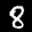
Label: 8